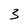
Character: 3